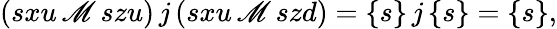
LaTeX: (sxu\, \mathscr{M}\, szu)\, j\, (sxu\, \mathscr{M}\, szd)=\{ s\} \, j\, \{ s\} =\{ s\} ,